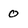
Character: 0